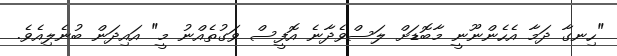
"ހިނގާ ދަމާ އެހެންނޫނީ މާބޮޑަށް ލަސްވެދާނެ އޮފީސް ވަގުތެއްނު މީ" އައިދަން ބުނެލިއެވެ.